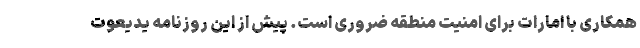
همکاری با امارات برای امنیت منطقه ضروری است. پیش از این روزنامه یدیعوت